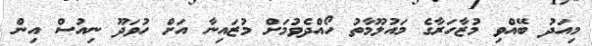
މިއަދު ބޭއްވި މުޒާހަރާގެ މައުލޫމާތު ހޯއްދެވުމަށް މުޒައިނާ އަށް ހުވަދޫ ނިއުސް އިން